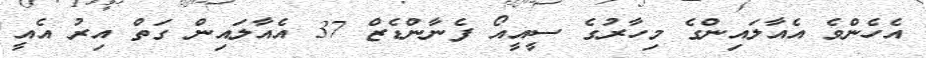
އެހެންވެ އެއާލައިންގެ މިހާރުގެ ސީއީއޯ ފެނާންޑެޒް 37 އެއާލައިން ގަތް އިރު އެއީ